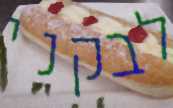
לבקני